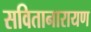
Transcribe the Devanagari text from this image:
सवितानारायण